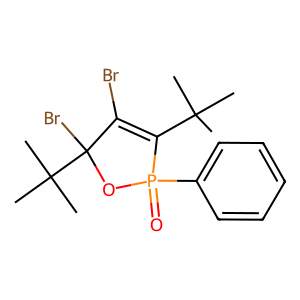
SMILES: CC(C)(C)C1=C(Br)C(Br)(C(C)(C)C)OP1(=O)c1ccccc1
Inhibits HIV replication: No